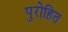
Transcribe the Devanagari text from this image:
पुरोहित